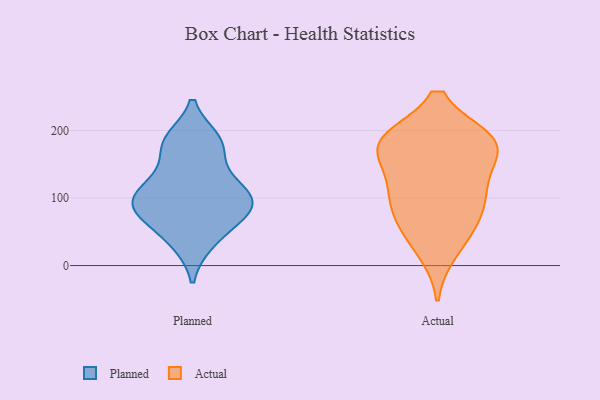
{"axis": {"x": "Waste Production (Tons)", "y": "Value"}, "legend": ["Actual", "Planned"], "data": [{"x": "", "y": 34, "type": "Planned"}, {"x": "", "y": 86, "type": "Planned"}, {"x": "", "y": 73, "type": "Planned"}, {"x": "", "y": 78, "type": "Planned"}, {"x": "", "y": 111, "type": "Planned"}, {"x": "", "y": 83, "type": "Planned"}, {"x": "", "y": 177, "type": "Planned"}, {"x": "", "y": 179, "type": "Planned"}, {"x": "", "y": 109, "type": "Planned"}, {"x": "", "y": 141, "type": "Planned"}, {"x": "", "y": 111, "type": "Planned"}, {"x": "", "y": 186, "type": "Planned"}, {"x": "", "y": 186, "type": "Planned"}, {"x": "", "y": 94, "type": "Planned"}, {"x": "", "y": 113, "type": "Planned"}, {"x": "", "y": 35, "type": "Planned"}, {"x": "", "y": 71, "type": "Planned"}, {"x": "", "y": 63, "type": "Actual"}, {"x": "", "y": 167, "type": "Actual"}, {"x": "", "y": 123, "type": "Actual"}, {"x": "", "y": 117, "type": "Actual"}, {"x": "", "y": 100, "type": "Actual"}, {"x": "", "y": 184, "type": "Actual"}, {"x": "", "y": 89, "type": "Actual"}, {"x": "", "y": 183, "type": "Actual"}, {"x": "", "y": 184, "type": "Actual"}, {"x": "", "y": 22, "type": "Actual"}, {"x": "", "y": 184, "type": "Actual"}, {"x": "", "y": 53, "type": "Actual"}, {"x": "", "y": 182, "type": "Actual"}]}